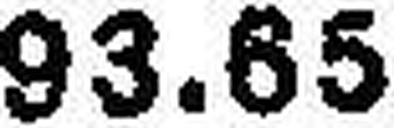
93.65